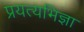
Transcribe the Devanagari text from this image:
प्रयत्यभिज्ञा